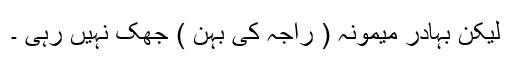
لیکن بہادر میمونہ ( راجہ کی بہن ) جھک نہیں رہی ۔